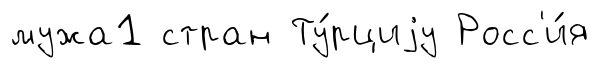
мужа1 стран Ту́рциjу Росс'и́я